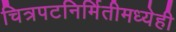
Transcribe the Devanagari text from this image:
चित्रपटनिर्मितीमध्येही